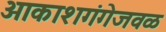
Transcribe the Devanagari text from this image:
आकाशगंगेजवळ